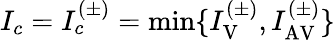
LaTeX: I_{c}=I_{c}^{(\pm)}=\mathrm{min}\{ I_{\mathrm{V}}^{(\pm)},I_{\mathrm{AV}}^{(\pm)}\}